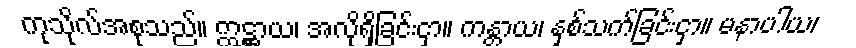
ကုသိုလ်အစုသည်။ ဣဋ္ဌာယ၊ အလိုရှိခြင်းငှာ။ ကန္တာယ၊ နှစ်သက်ခြင်းငှာ။ မနာပါယ၊